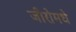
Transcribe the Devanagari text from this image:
जीरोमधे